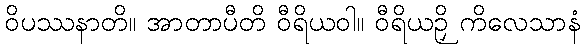
ဝိပဿနာတိ။ အာတာပီတိ ဝီရိယဝါ။ ဝီရိယဉှိ ကိလေသာနံ